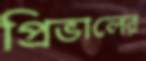
প্রিভালের